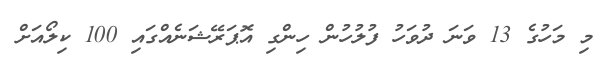
މި މަހުގެ 13 ވަނަ ދުވަހު ފުލުހުން ހިންގި އޮޕަރޭޝަނެއްގައި 100 ކިލޯއަށް